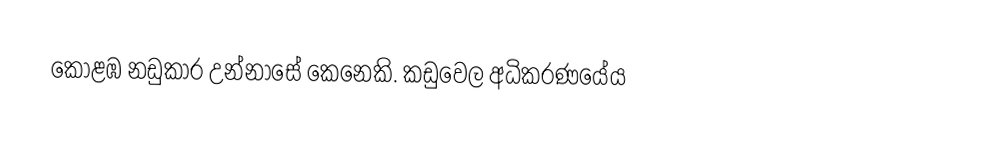
කොළඹ නඩුකාර උන්නාසේ කෙනෙකි. කඩුවෙල අධිකරණයේය